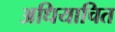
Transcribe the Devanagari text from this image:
अधियाचित